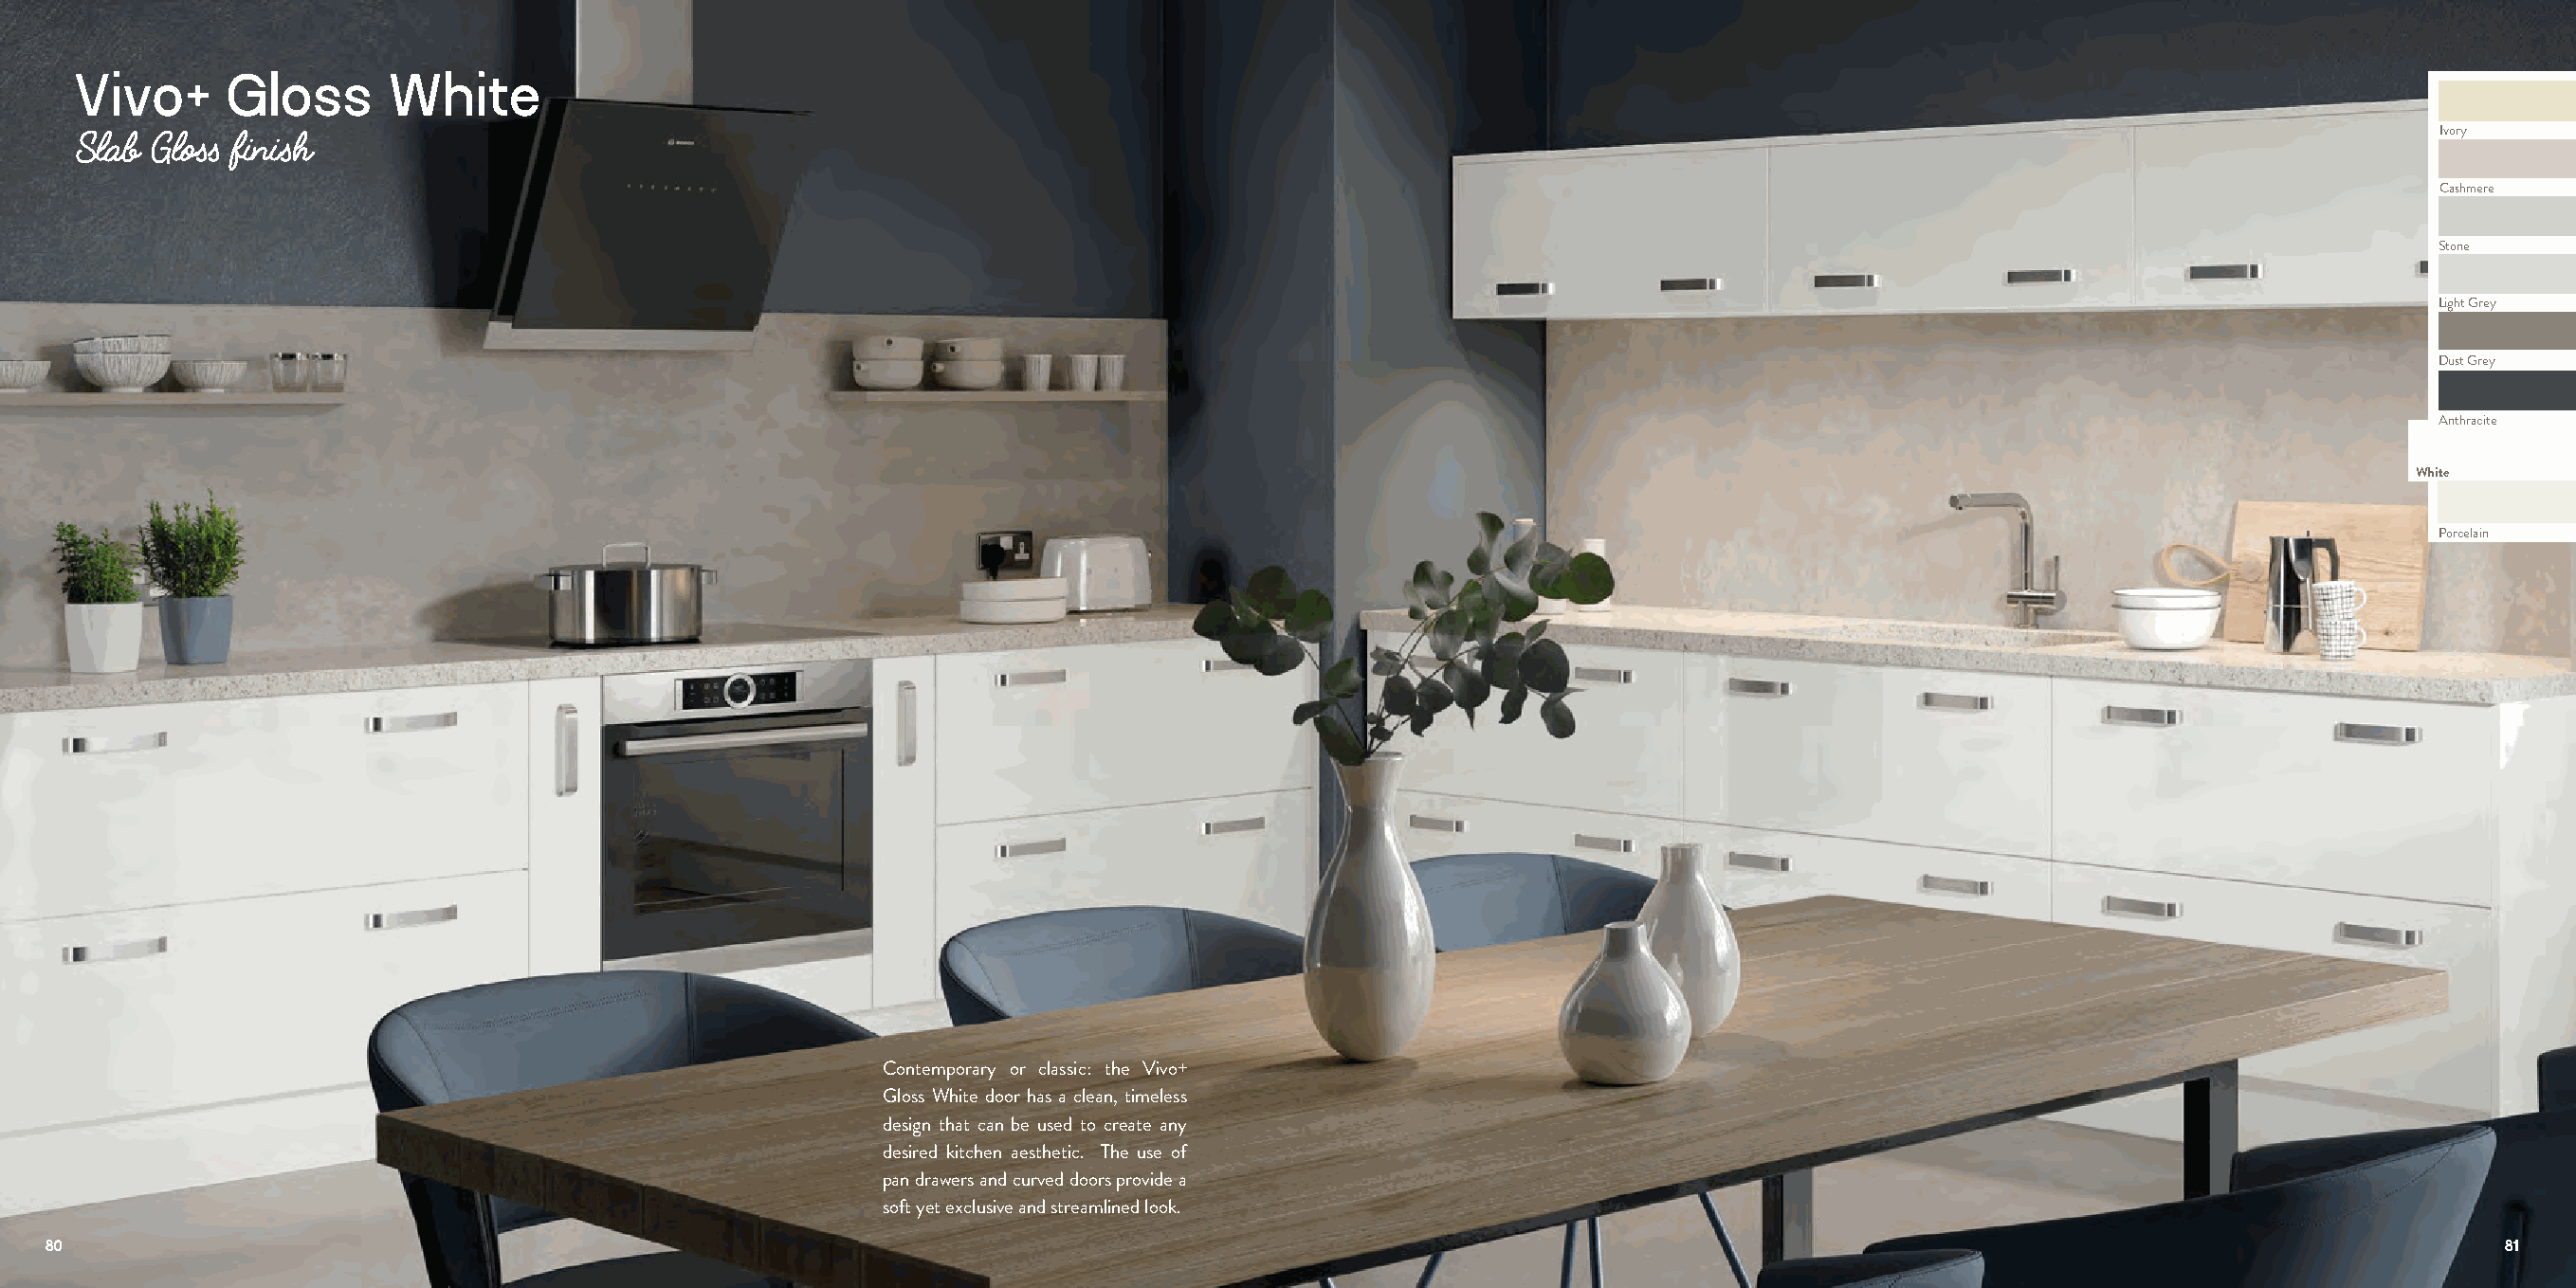
Vivo+      Gloss      White
 Ivory
 Slab Gloss finish
 Cashmere
 Stone
 Light Grey
 Dust Grey
 Anthracite
 White
 Porcelain
 Contemporary or classic: the Vivo+
 Gloss White door has a clean, timeless
 design that can be used to create any
 desired kitchen aesthetic. The use of
 pan drawers and curved doors provide a
 soft yet exclusive and streamlined look.
 80                                                                                                                                                                          81